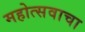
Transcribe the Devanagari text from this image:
महोत्सवाचा